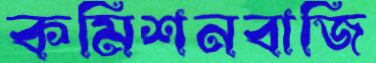
কমিশনবাজি